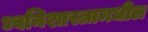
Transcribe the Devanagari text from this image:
ध्वनिशास्त्रामधील